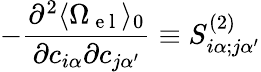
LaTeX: -\frac{\partial^{2}\langle\Omega_{\mathrm{~e~l~}}\rangle_{0}}{\partial c_{i\alpha}\partial c_{j\alpha^{\prime}}}\equiv S_{i\alpha;j\alpha^{\prime}}^{(2)}